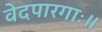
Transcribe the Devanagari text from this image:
वेदपारगाः॥